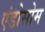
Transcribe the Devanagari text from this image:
एंडोसोम